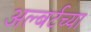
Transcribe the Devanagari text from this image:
अल्बर्टच्या